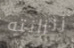
زنزانته